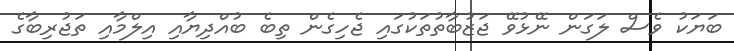
ބަޔަކު ވެސް ލަގަން ނޭޅުވޭ ޖަޒުބާތުތަކުގައި ޖެހިގެން ތިބެ ބުއްދިޔާއި އިލްމާއި ތަޖުރިބާގެ